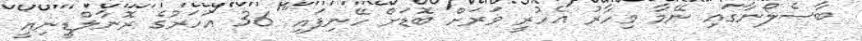
ބާސެލޯނާގައި ނޭމާ މިހާރު އެހުރީ ވަރަށް ބޮޑަށް ހޭނިފައި" 36 އަހަރުގެ ރޮނާލްޑީނިއީ